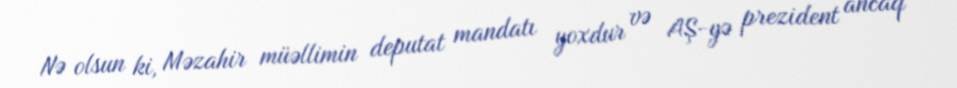
Nə olsun ki, Məzahir müəllimin deputat mandatı yoxdur və AŞ-yə prezident ancaq